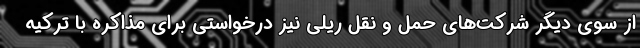
از سوی دیگر شرکت‌های حمل و نقل ریلی نیز درخواستی برای مذاکره با ترکیه